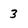
Character: 3